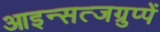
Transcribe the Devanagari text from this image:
आइन्सत्जग्रुप्पें